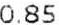
0.85